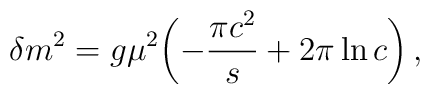
\delta m^2 = g \mu^2 \biggl(-\frac{\pi c^2}{s} + 2\pi \ln c \biggr)\,,